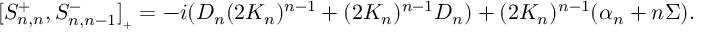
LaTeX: [ S _ { n , n } ^ { + } , S _ { n , n - 1 } ^ { - } ] _ { { } _ { + } } = - i ( D _ { n } ( 2 K _ { n } ) ^ { n - 1 } + ( 2 K _ { n } ) ^ { n - 1 } D _ { n } ) + ( 2 K _ { n } ) ^ { n - 1 } ( \alpha _ { n } + n \Sigma ) .